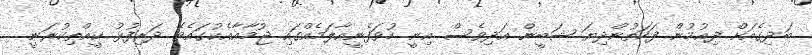
ބަދިގެއަށް ދިއުމުން ފަހަތުންދިޔަ ޝަބީން އަދިވެސް އިނީ ހުވަފެނީއާލަމެއްގައި ޖުމާއާއެކުގައެވެ. ދަރިފުޅު ކީއްތިކުރަނީ..